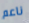
ناعم